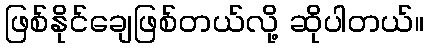
ဖြစ်နိုင်ချေဖြစ်တယ်လို့ ဆိုပါတယ်။